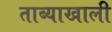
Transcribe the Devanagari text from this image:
ताब्याखाली